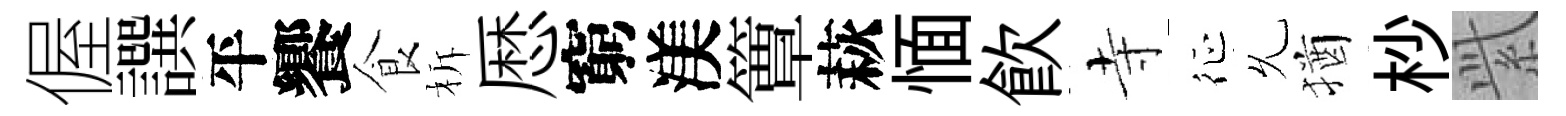
偓譔平饗食柝厯窮渼簟萩愐飮寺征𠃔猶杪𬗋